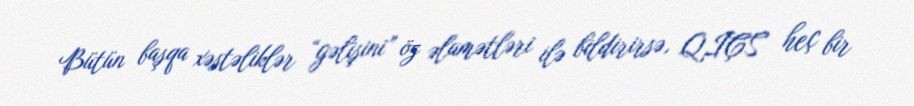
Bütün başqa xəstəliklər “gəlişini” öz əlamətləri ilə bildirirsə, QİÇS heç bir